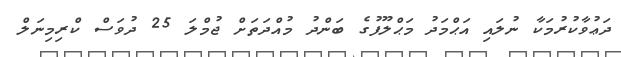
ދަޢުވާކުރުމަކާ ނުލައި އަޙްމަދު މަޙްލޫފުގެ ބަންދު މުއްދަތަށް ޖުމްލަ 25 ދުވަސް ކްރިމިނަލް